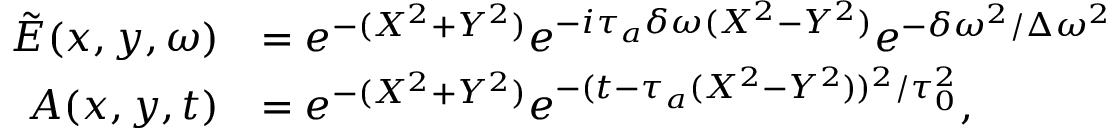
\begin{array} { r l } { \tilde { E } ( x , y , \omega ) } & { = e ^ { - ( X ^ { 2 } + Y ^ { 2 } ) } e ^ { - i \tau _ { a } \delta \omega ( X ^ { 2 } - Y ^ { 2 } ) } e ^ { - \delta \omega ^ { 2 } / \Delta \omega ^ { 2 } } } \\ { A ( x , y , t ) } & { = e ^ { - ( X ^ { 2 } + Y ^ { 2 } ) } e ^ { - ( t - \tau _ { a } ( X ^ { 2 } - Y ^ { 2 } ) ) ^ { 2 } / \tau _ { 0 } ^ { 2 } } , } \end{array}